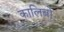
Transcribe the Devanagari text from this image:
कालिबो